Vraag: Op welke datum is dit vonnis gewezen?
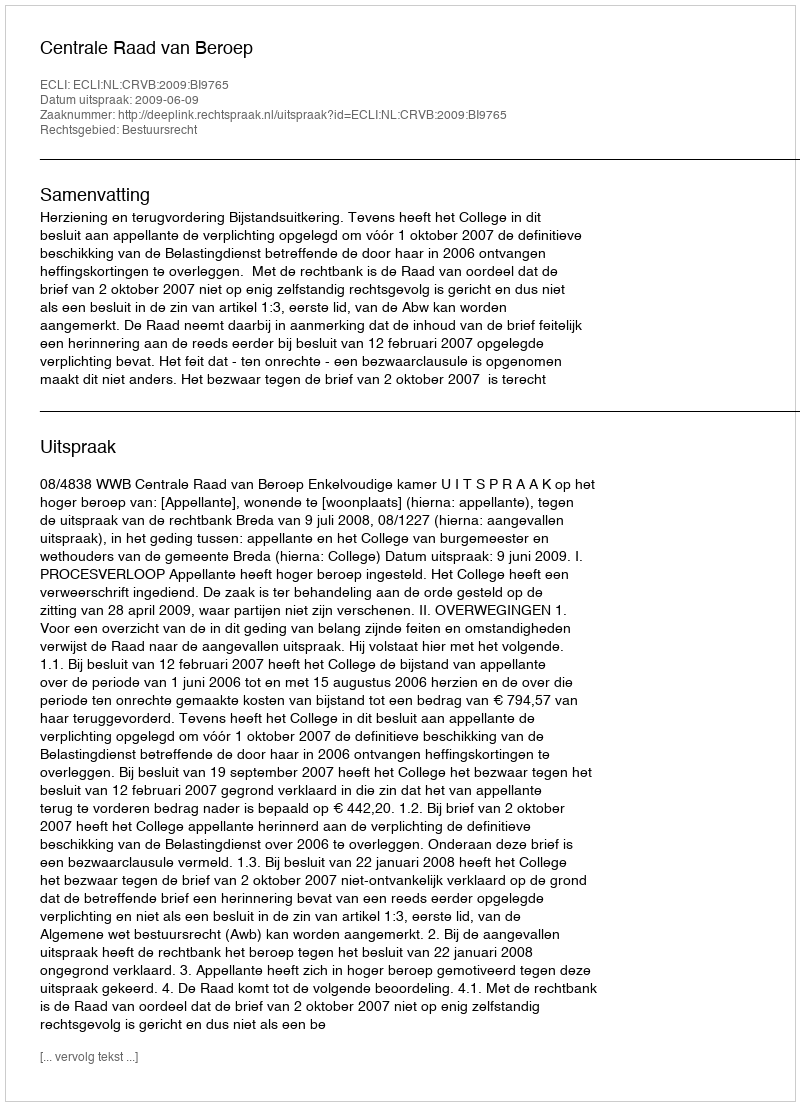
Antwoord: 2009-06-09